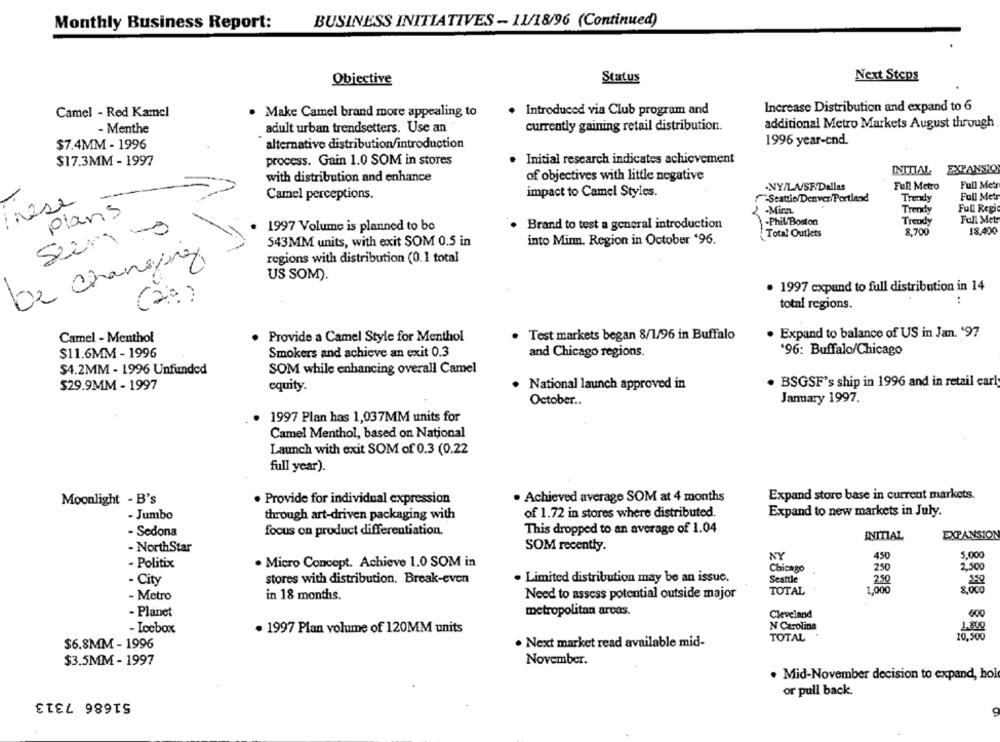
BUSINESS INITIATIVES - 11/18/96 (Continued)
Monthly Business Report:
Objective
Status
Next Steps
Introduced via Club program and
Increase Distribution and expand to 6
Camel - Red Kamel
. Make Camel brand more appealing to
currently gaining retail distribution.
additional Metro Markets August through
- Menthe
adult urban trendsetters. Use an
1996 year-end.
$7.4MM - 1996
alternative distribution/introduction
$17.3MM - 1997
process. Gain 1.0 SOM in stores
Initial research indicates achievement
INITIAL
EXPANSIO
with distribution and enhance
of objectives with little negative
.NY/LA/SF.Dallas
Full Metro
Full Metr
impact to Camel Styles.
Camel perceptions.
-Seattie/Denver Portland
Trendy
Full Metr
inese
Full Regio
plans
-Mien
Trendy
-Phil/Boston
Trendy
Full Metr
Sim -
1997 Volume is planned to bo
. Brand to test a general introduction
8,700
18.400
Total Outlets
543MM units, with exit SOM 0.5 in
into Minn. Region in October '96.
regions with distribution (0.1 total
be changing
US SOM).
· 1997 expand to full distribution in 14
:
total regions.
Camel - Menthol
Provide a Camel Style for Menthol
Test markets began 8/1/96 in Buffalo
. Expand to balance of US in Jan. '97
$11.6MM - 1996
Smokers and achieve an exit 0.3
and Chicago regions.
'96: Buffalo/Chicago
$4.2MM - 1996 Unfunded
SOM while enhancing overall Camel
$29.9MM - 1997
. National launch approved in
. BSGSF's ship in 1996 and in retail carl
equity.
October ..
January 1997.
. 1997 Plan has 1,037MM units for
Camel Menthol, based on National
Launch with exit SOM of 0.3 (0.22
full year).
. Achieved average SOM at 4 months
Expand store base in current markets.
Moonlight - B's
. Provide for individual expression
Expand to new markets in July.
- Jumbo
through art-driven packaging with
of 1.72 in stores where distributed.
- Sedona
focus on product differentiation.
This dropped to an average of 1.04
INITIAL
EXPANSION
- NorthStar
SOM recently.
NY
450
5,000
- Politix
· Micro Concept. Achieve 1.0 SOM in
Chicago
250
2,500
Seattle
- City
stores with distribution. Break-even
· Limited distribution may be an issue.
250
TOTAL
900
- Metro
in 18 months.
Need to assess potential outside major
- Planet
metropolitan areas.
Cleveland
600
- Icebox
· 1997 Plan volume of 120MM units
N Carolina
TOTAL
$6.8MM - 1996
· Next market read available mid-
November.
$3.5MM - 1997
. Mid-November decision to expand, hol
51686 7313
or pull back.